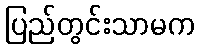
ပြည်တွင်းသာမက